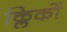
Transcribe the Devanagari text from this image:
क्लिकों